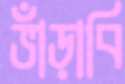
ভাঁড়াবি